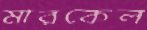
মারকেল